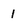
Character: 1